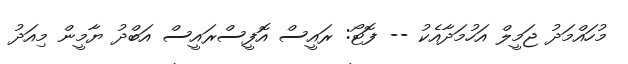
މުހައްމަދު ޖަމީލް އަހުމަދާއެކު -- ފޮޓޯ: ރައީސް އޮފީސްރައީސް އަބްދު ޔާމީން މިއަދު